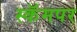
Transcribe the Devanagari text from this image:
स्कॅमपर